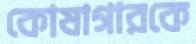
কোষাগারকে